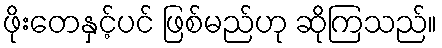
ဖိုးတေနှင့်ပင် ဖြစ်မည်ဟု ဆိုကြသည်။